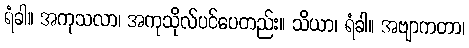
ရံခါ။ အကုသလာ၊ အကုသိုလ်ပင်ပေတည်း။ သိယာ၊ ရံခါ။ အဗျာကတာ၊